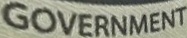
GOVERNMENT